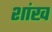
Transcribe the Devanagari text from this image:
शांख